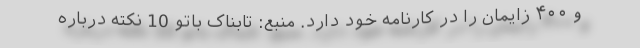
و ۴۰۰ زایمان را در کارنامه خود دارد. منبع: تابناک باتو 10 نکته درباره